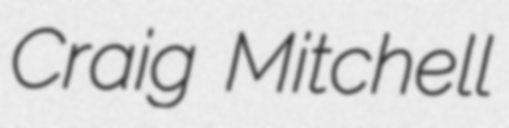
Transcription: Craig Mitchell